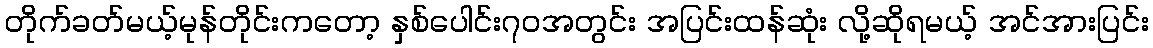
တိုက်ခတ်မယ့်မုန်တိုင်းကတော့ နှစ်ပေါင်း၇၀အတွင်း အပြင်းထန်ဆုံး လို့ဆိုရမယ့် အင်အားပြင်း